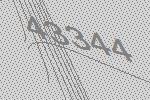
43344